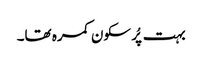
بہت پُر سکون کمرہ تھا۔